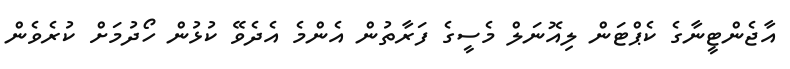
އާޖެންޓީނާގެ ކެޕްޓަން ލިއޮނަލް މެސީގެ ފަރާތުން އެންމެ އެދެވޭ ކުޅުން ހޯދުމަށް ކުރެވެން